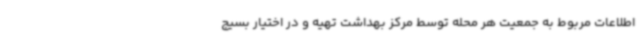
اطلاعات مربوط به جمعیت هر محله توسط مرکز بهداشت تهیه و در اختیار بسیج